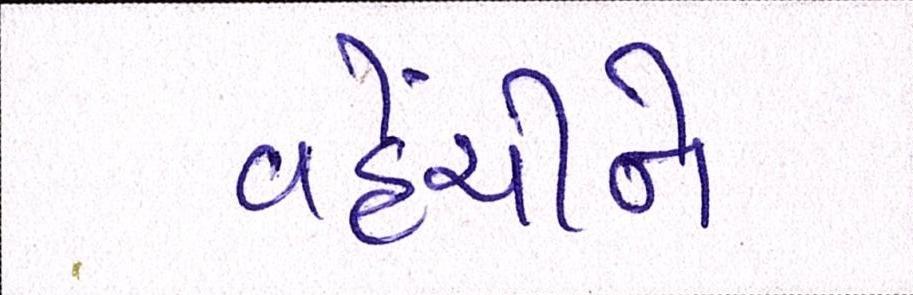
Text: વહેંચીને